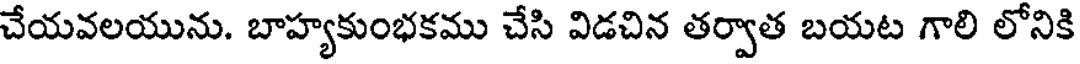
చేయవలయును. బాహ్యకుంభకము చేసి విడచిన తర్వాత బయట గాలి లోనికి